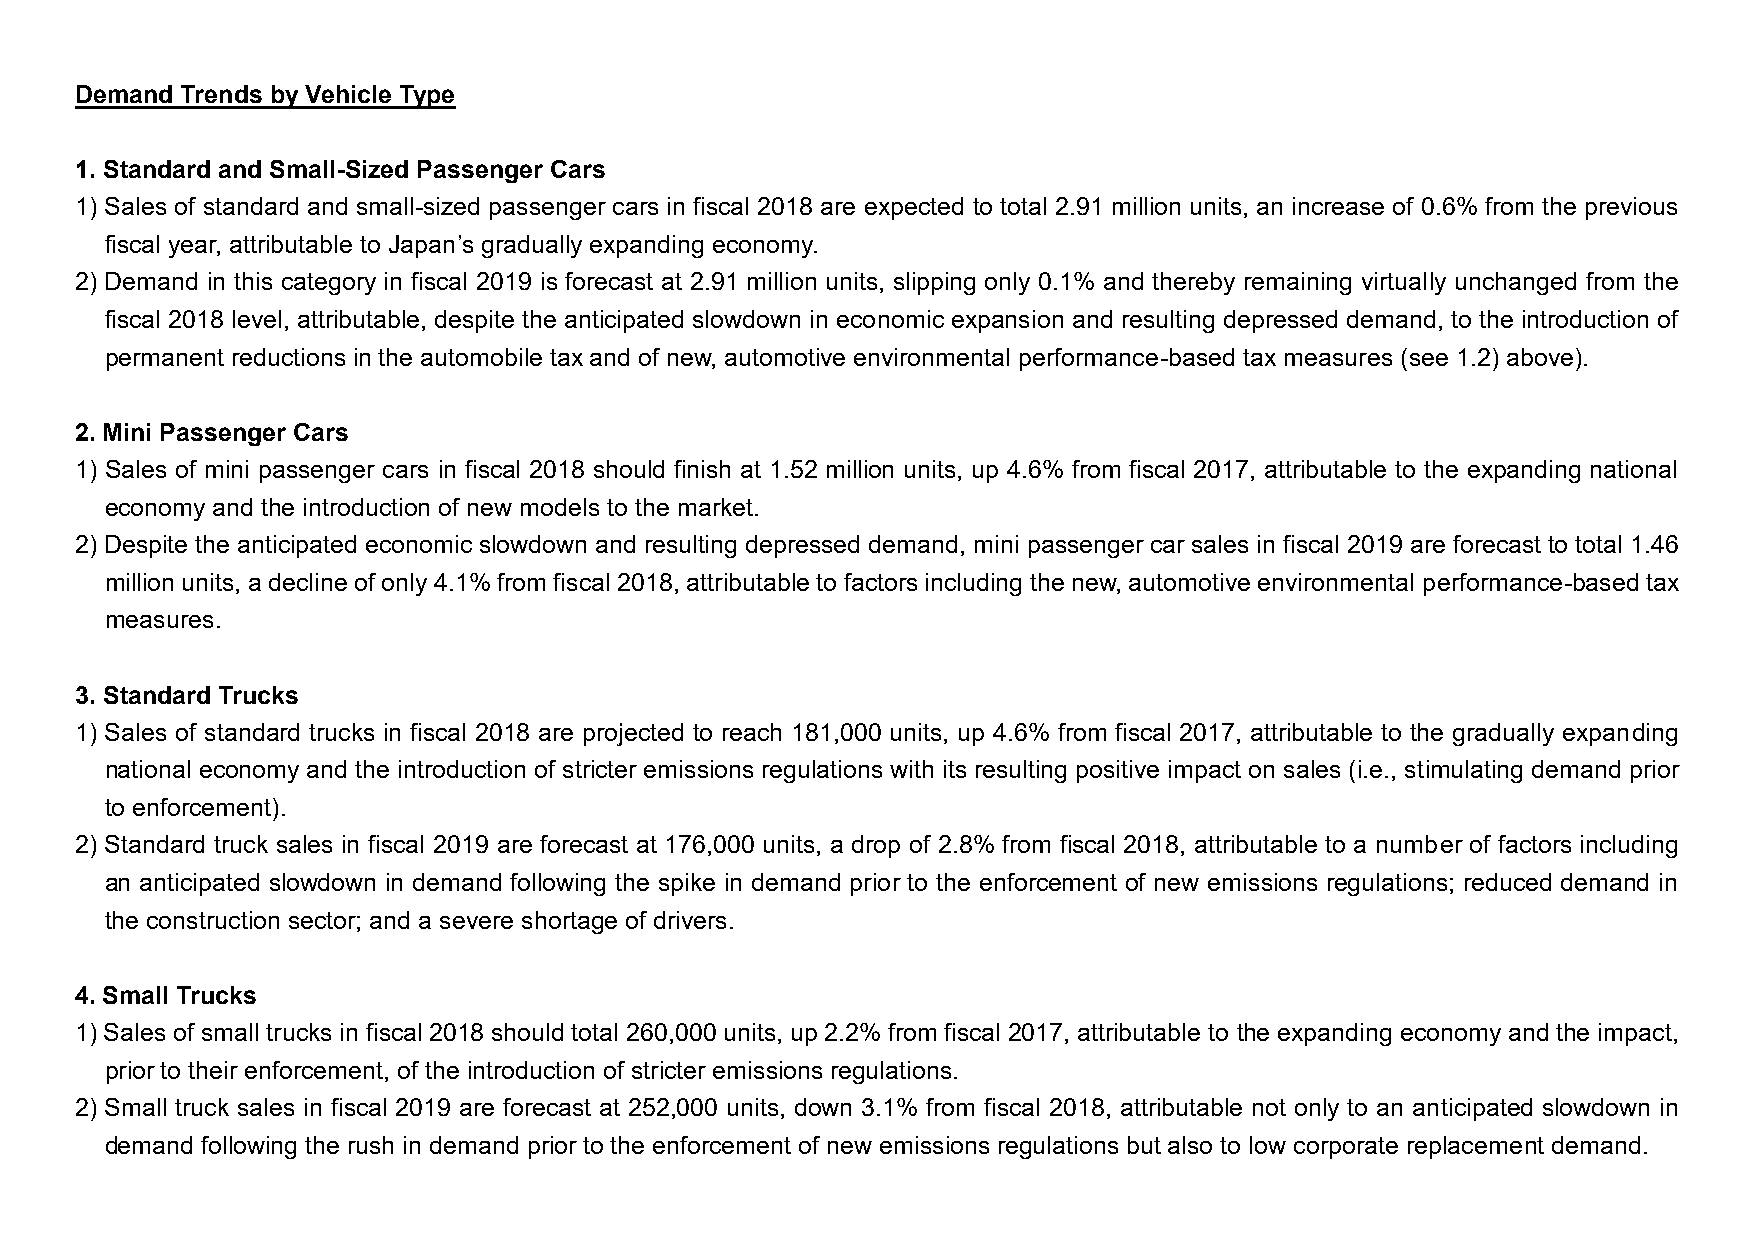
Demand Trends by Vehicle Type
 1. Standard and Small-Sized Passenger Cars
 1) Sales of standard and small-sized passenger cars in fiscal 2018 are expected to total 2.91 million units, an increase of 0.6% from the previous
 fiscal year, attributable to Japan’s gradually expanding economy.
 2) Demand in this category in fiscal 2019 is forecast at 2.91 million units, slipping only 0.1% and thereby remaining virtually unchanged from the
 fiscal 2018 level, attributable, despite the anticipated slowdown in economic expansion and resulting depressed demand, to the introduction of
 permanent reductions in the automobile tax and of new, automotive environmental performance-based tax measures (see 1.2) above).
 2. Mini Passenger Cars
 1) Sales of mini passenger cars in fiscal 2018 should finish at 1.52 million units, up 4.6% from fiscal 2017, attributable to the expanding national
 economy and the introduction of new models to the market.
 2) Despite the anticipated economic slowdown and resulting depressed demand, mini passenger car sales in fiscal 2019 are forecast to total 1.46
 million units, a decline of only 4.1% from fiscal 2018, attributable to factors including the new, automotive environmental performance-based tax
 measures.
 3. Standard Trucks
 1) Sales of standard trucks in fiscal 2018 are projected to reach 181,000 units, up 4.6% from fiscal 2017, attributable to the gradually expanding
 national economy and the introduction of stricter emissions regulations with its resulting positive impact on sales (i.e., stimulating demand prior
 to enforcement).
 2) Standard truck sales in fiscal 2019 are forecast at 176,000 units, a drop of 2.8% from fiscal 2018, attributable to a number of factors including
 an anticipated slowdown in demand following the spike in demand prior to the enforcement of new emissions regulations; reduced demand in
 the construction sector; and a severe shortage of drivers.
 4. Small Trucks
 1) Sales of small trucks in fiscal 2018 should total 260,000 units, up 2.2% from fiscal 2017, attributable to the expanding economy and the impact,
 prior to their enforcement, of the introduction of stricter emissions regulations.
 2) Small truck sales in fiscal 2019 are forecast at 252,000 units, down 3.1% from fiscal 2018, attributable not only to an anticipated slowdown in
 demand following the rush in demand prior to the enforcement of new emissions regulations but also to low corporate replacement demand.